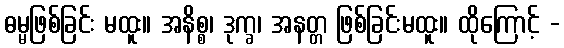
ဓမ္မဖြစ်ခြင်း မထူး။ အနိစ္စ၊ ဒုက္ခ၊ အနတ္တ ဖြစ်ခြင်းမထူး။ ထိုကြောင့် -